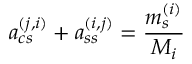
a _ { c s } ^ { ( j , i ) } + a _ { s s } ^ { ( i , j ) } = \frac { m _ { s } ^ { ( i ) } } { M _ { i } }